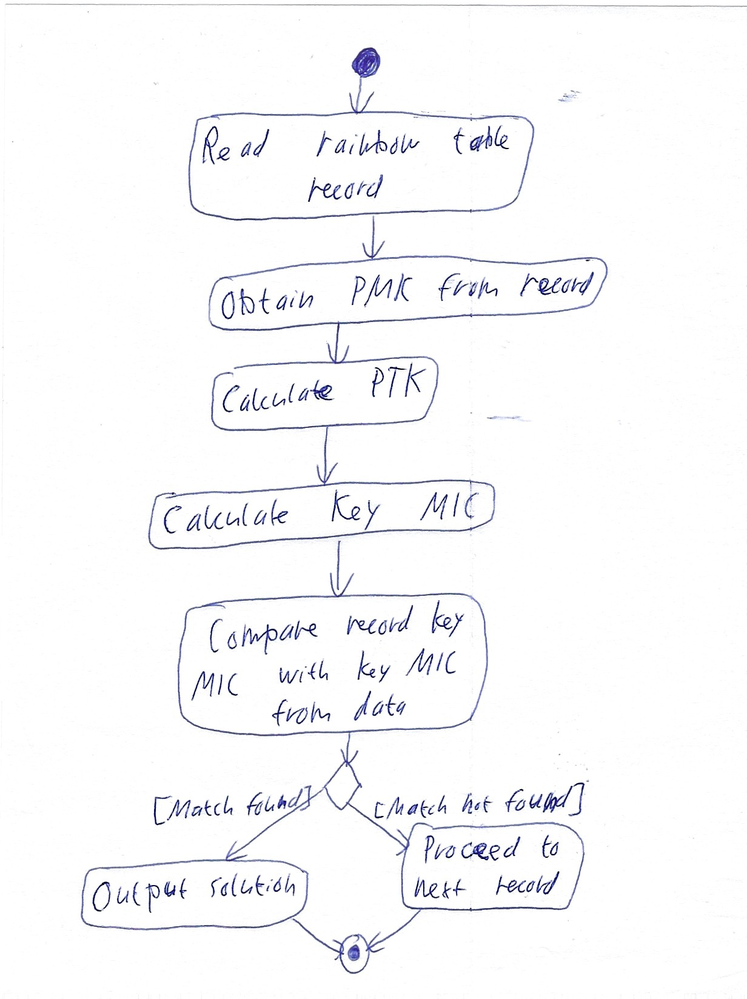
Diagram type: activity_diagram
```plantuml
@startuml

start

:Read rainbow table record;
:Obtain PMK from record;
:Calculate PTK;
:Calculate Key MIC;
:Compare record key MIC with key MIC from data;

if () then ([Match found])
  :Output solution;
else ([Match not found])
  :Proceed to next record;
endif

stop

@enduml
```